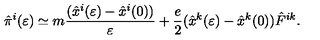
{ \hat { \pi } } ^ { i } ( \varepsilon ) \simeq m { \frac { ( { \hat { x } } ^ { i } ( \varepsilon ) - { \hat { x } } ^ { i } ( 0 ) ) } { \varepsilon } } + { \frac { e } { 2 } } ( { \hat { x } } ^ { k } ( \varepsilon ) - { \hat { x } } ^ { k } ( 0 ) ) { \hat { F } } ^ { i k } .